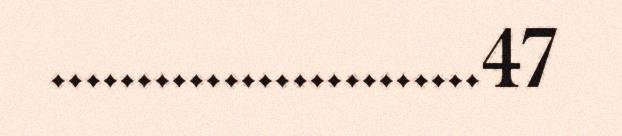
.........................47